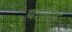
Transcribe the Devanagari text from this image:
यान्सेन